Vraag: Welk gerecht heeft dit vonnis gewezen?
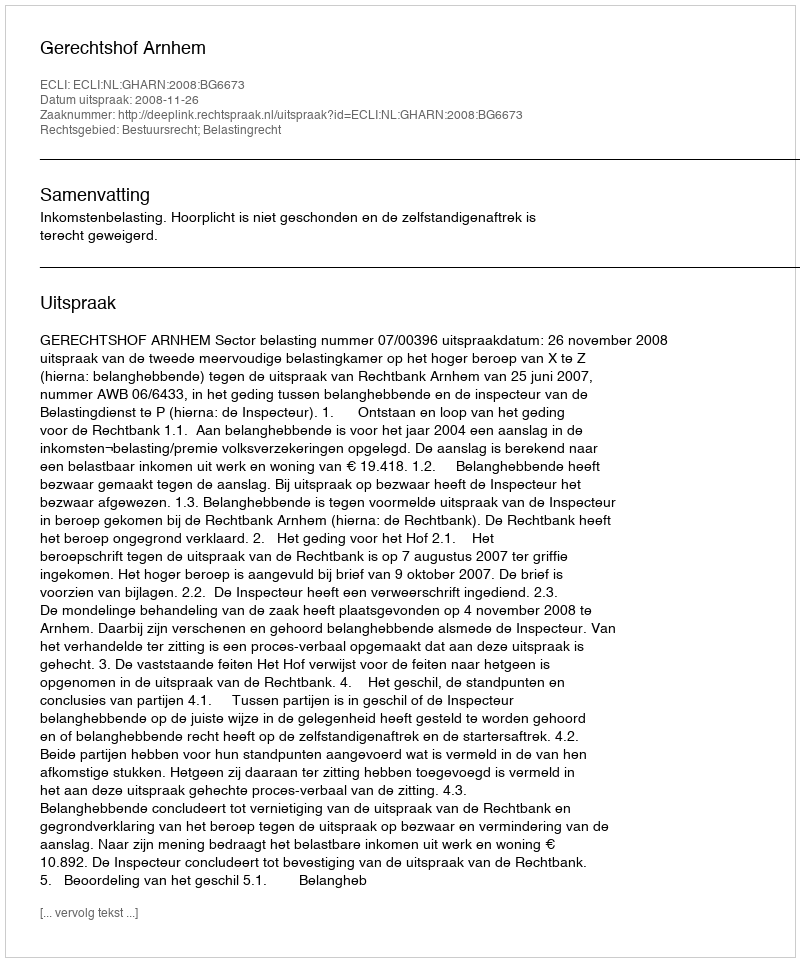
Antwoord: Gerechtshof Arnhem